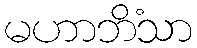
မဟာဘိံသာ